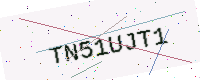
Text: TN51UJT1